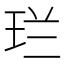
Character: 𮴌